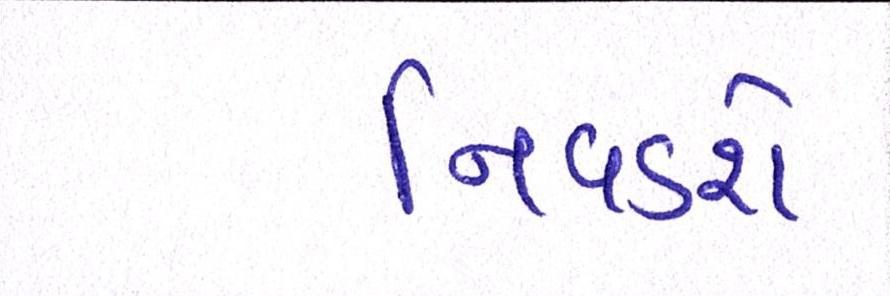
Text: નિવડશે